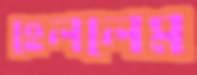
হেললেম